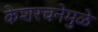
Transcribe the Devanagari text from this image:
केशरचनेमुळे